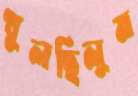
খুলছিলুম